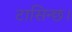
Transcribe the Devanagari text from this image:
टासिन्छ।